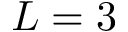
L = 3